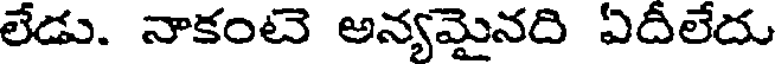
లేడు. నాకంటె అన్యమైనది ఏదీలేదు